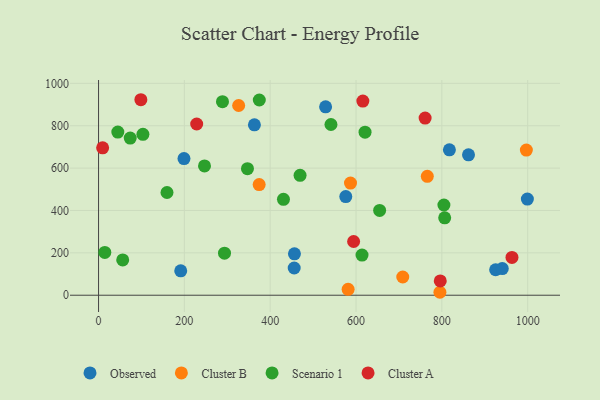
{"axis": {"x": "Price", "y": "Salary"}, "legend": ["Cluster A", "Cluster B", "Observed", "Scenario 1"], "data": [{"x": "576.1", "y": 465.6, "type": "Observed"}, {"x": "191.5", "y": 115.2, "type": "Observed"}, {"x": "363.2", "y": 804.3, "type": "Observed"}, {"x": "925.3", "y": 120.2, "type": "Observed"}, {"x": "456.5", "y": 195.6, "type": "Observed"}, {"x": "817.6", "y": 686.2, "type": "Observed"}, {"x": "862.1", "y": 662.7, "type": "Observed"}, {"x": "529.1", "y": 889.2, "type": "Observed"}, {"x": "940.8", "y": 125.9, "type": "Observed"}, {"x": "455.9", "y": 128.4, "type": "Observed"}, {"x": "999.3", "y": 453.8, "type": "Observed"}, {"x": "199.1", "y": 645.1, "type": "Observed"}, {"x": "326.5", "y": 895.5, "type": "Cluster B"}, {"x": "374.3", "y": 522.2, "type": "Cluster B"}, {"x": "581.6", "y": 27.7, "type": "Cluster B"}, {"x": "766.1", "y": 561.4, "type": "Cluster B"}, {"x": "996.9", "y": 685.0, "type": "Cluster B"}, {"x": "708.9", "y": 86.0, "type": "Cluster B"}, {"x": "795.5", "y": 13.9, "type": "Cluster B"}, {"x": "587.1", "y": 529.2, "type": "Cluster B"}, {"x": "347.0", "y": 597.1, "type": "Scenario 1"}, {"x": "293.5", "y": 198.7, "type": "Scenario 1"}, {"x": "374.6", "y": 921.5, "type": "Scenario 1"}, {"x": "804.8", "y": 425.8, "type": "Scenario 1"}, {"x": "159.5", "y": 484.8, "type": "Scenario 1"}, {"x": "56.3", "y": 166.6, "type": "Scenario 1"}, {"x": "44.9", "y": 769.9, "type": "Scenario 1"}, {"x": "103.4", "y": 759.6, "type": "Scenario 1"}, {"x": "614.0", "y": 189.5, "type": "Scenario 1"}, {"x": "621.0", "y": 769.8, "type": "Scenario 1"}, {"x": "806.6", "y": 365.4, "type": "Scenario 1"}, {"x": "246.9", "y": 610.4, "type": "Scenario 1"}, {"x": "430.9", "y": 452.6, "type": "Scenario 1"}, {"x": "73.8", "y": 741.7, "type": "Scenario 1"}, {"x": "541.6", "y": 805.8, "type": "Scenario 1"}, {"x": "288.8", "y": 913.7, "type": "Scenario 1"}, {"x": "469.6", "y": 565.9, "type": "Scenario 1"}, {"x": "655.0", "y": 400.3, "type": "Scenario 1"}, {"x": "14.6", "y": 202.0, "type": "Scenario 1"}, {"x": "228.7", "y": 808.2, "type": "Cluster A"}, {"x": "615.9", "y": 916.3, "type": "Cluster A"}, {"x": "9.5", "y": 695.7, "type": "Cluster A"}, {"x": "594.4", "y": 253.5, "type": "Cluster A"}, {"x": "796.3", "y": 67.3, "type": "Cluster A"}, {"x": "98.6", "y": 922.8, "type": "Cluster A"}, {"x": "963.4", "y": 178.3, "type": "Cluster A"}, {"x": "761.0", "y": 836.4, "type": "Cluster A"}]}